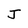
Character: J